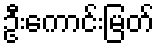
ဦးကောင်းမြတ်